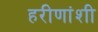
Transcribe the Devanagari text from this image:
हरीणांशी